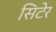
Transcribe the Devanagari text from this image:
सिटेर